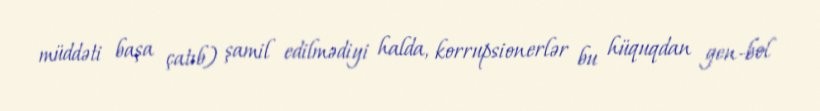
müddəti başa çatıb) şamil edilmədiyi halda, korrupsionerlər bu hüquqdan gen-bol